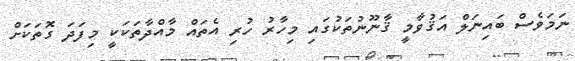
ނަމަވެސް ބައިނަލް އަޤުވާމީ ޤާނޫނުތަކުގައި މިހާރު ހުރި އެތައް މާއްދާތަކަކީ މިފަދަ ގޮތަކަށް